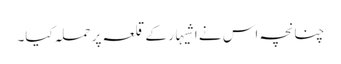
چنانچہ اس نے اشیہار کے قلعہ پر حملہ کیا۔